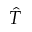
\hat { T }